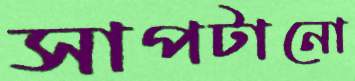
সাপটানো